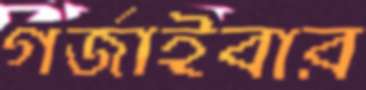
গর্জাইবার